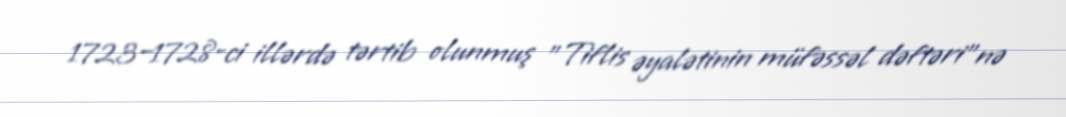
1723–1728-ci illərdə tərtib olunmuş "Tiflis əyalətinin müfəssəl dəftəri"nə